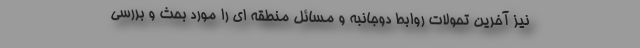
نیز آخرین تحولات روابط دوجانبه و مسائل منطقه ای را مورد بحث و بررسی